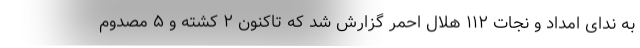
به ندای امداد و نجات ۱۱۲ هلال احمر گزارش شد که تاکنون ۲ کشته و ۵ مصدوم